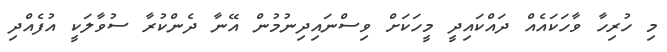
މި ހުރިހާ ވާހަކައެއް ދައްކައިދީ މީހަކަށް ވިސްނައިދިނުމުން އޭނާ ދެންކުރާ ސުވާލަކީ އުފެއްދި